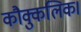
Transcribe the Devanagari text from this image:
कौक्कुलिक।